Civil Veterinary Dept. Bombay admin report 1900-1906 - 1900-1906
Year: 1900
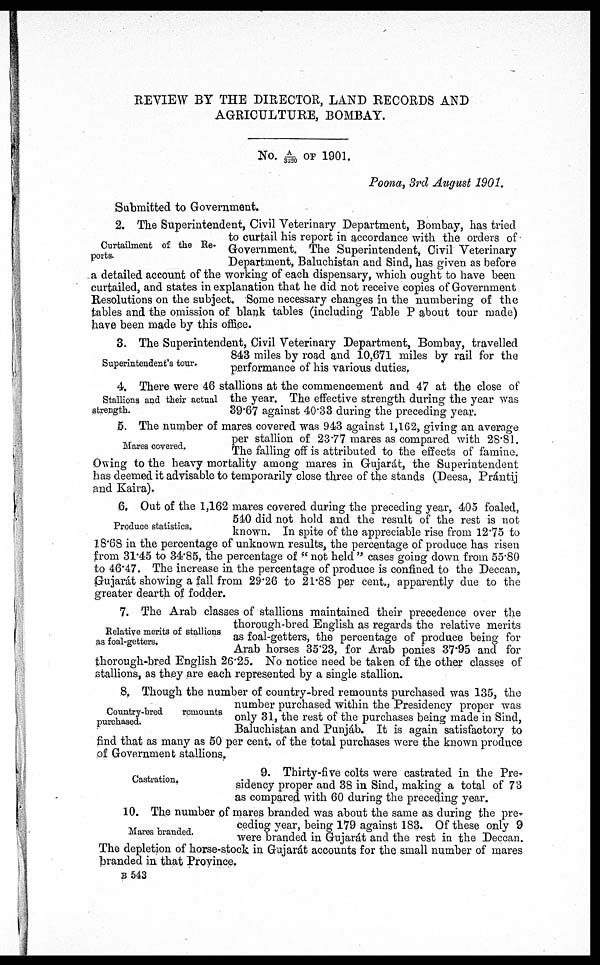
REVIEW BY THE DIRECTOR, LAND RECORDS AND
AGRICULTURE, BOMBAY.
No. A/3320 OF 1901.
Poona, 3rd August 1901.
Submitted to Government.
Curtailment of the Re-
ports.
2. The Superintendent, Civil Veterinary Department, Bombay, has tried
to curtail his report in accordance with the orders of
Government. The Superintendent, Civil Veterinary
Department, Baluchistan and Sind, has given as before
a detailed account of the working of each dispensary, which ought to have been
curtailed, and states in explanation that he did not receive copies of Government
Resolutions on the subject. Some necessary changes in the numbering of the
tables and the omission of blank tables (including Table P about tour made)
have been made by this office.
Superintendent's tour.
3. The Superintendent, Civil Veterinary Department, Bombay, travelled
843 miles by road and 10,671 miles by rail for the
performance of his various duties.
Stallions and their actual
strength.
4. There were 46 stallions at the commencement and 47 at the close of
the year. The effective strength during the year was
39.67 against 40.33 during the preceding year.
Mares covered.
5. The number of mares covered was 943 against 1,162, giving an average
per stallion of 23.77 mares as compared with 28.81.
The falling off is attributed to the effects of famine.
Owing to the heavy mortality among mares in Gujarát, the Superintendent
has deemed it advisable to temporarily close three of the stands (Deesa, Prántij
and Kaira).
Produce statistics.
6. Out of the 1,162 mares covered during the preceding year, 405 foaled,
540 did not hold and the result of the rest is not
known. In spite of the appreciable rise from 12.75 to
18.68 in the percentage of unknown results, the percentage of produce has risen
from 31.45 to 34.85, the percentage of " not held " cases going down from 55.80
to 46.47. The increase in the percentage of produce is confined to the Deccan,
Gujarát showing a fall from 29.26 to 21.88 per cent., apparently due to the
greater dearth of fodder.
Relative merits of stallions
as foal-getters.
7. The Arab classes of stallions maintained their precedence over the
thorough-bred English as regards the relative merits
as foal-getters, the percentage of produce being for
Arab horses 35.23, for Arab ponies 37.95 and for
thorough-bred English 26.25. No notice need be taken of the other classes of
stallions, as they are each represented by a single stallion.
Country-bred
remounts
purchased.
8, Though the number of country-bred remounts purchased was 135, the
number purchased within the Presidency proper was
only 31, the rest of the purchases being made in Sind,
Baluchistan and Punjáb. It is again satisfactory to
find that as many as 50 per cent. of the total purchases were the known produce
of Government stallions.
Castration.
9. Thirty-five colts were castrated in the Pre-
sidency proper and 38 in Sind, making a total of 73
as compared with 60 during the preceding year.
Mares branded.
10. The number of mares branded was about the same as during the pre-
ceding year, being 179 against 183. Of these only 9
were branded in Gujarát and the rest in the Deccan.
The depletion of horse-stock in Gujarát accounts for the small number of mares
branded in that Province.
B 543